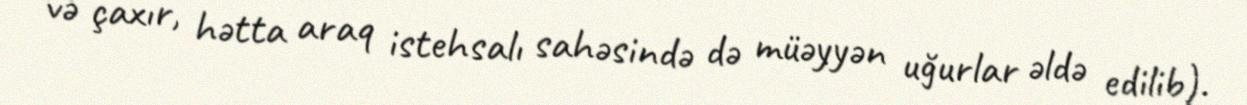
və çaxır, hətta araq istehsalı sahəsində də müəyyən uğurlar əldə edilib).